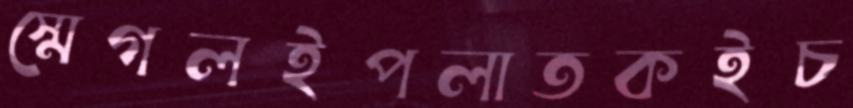
স্মেগলইপলাতকইচ